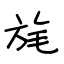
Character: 旄